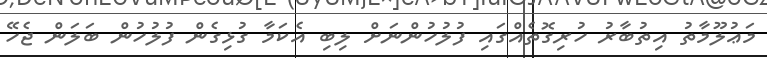
މަޢުލޫމާތު އިތުބާރު ހުރިގޮތެއްގައި ފުލުހުންނަށް ލިބި އެކަމާ ގުޅިގެން ފުލުހުން ބަލަން ޖެހޭ